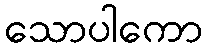
သောပါကော